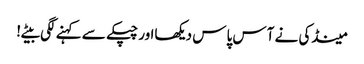
مینڈکی نے آس پاس دیکھااور چپکے سے کہنے لگی بیٹے!